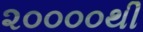
૨૦૦૦૦થી